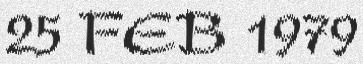
25 FEB 1979